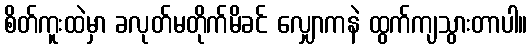
စိတ်ကူးထဲမှာ ခလုတ်မတိုက်မိခင် လျှောကနဲ ထွက်ကျသွားတာပါ။